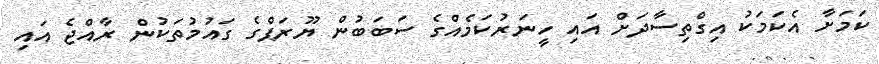
ކަމަށާ އެކަމަކު އިގްތިސާދަށް އައި ހީނަރުކަމެއްގެ ސަބަބުން ޔޫރަޕްގެ ގައުމުތަކުން ރާއްޖެ އައި